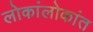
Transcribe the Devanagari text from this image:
लोकांलोकांत